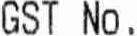
GST NO .